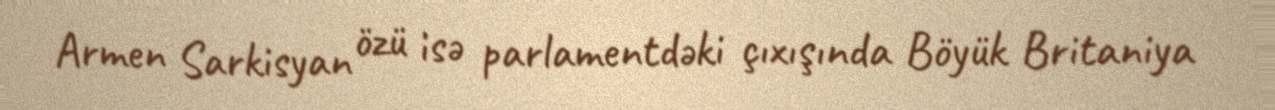
Armen Sarkisyan özü isə parlamentdəki çıxışında Böyük Britaniya